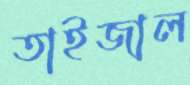
তাইজাল